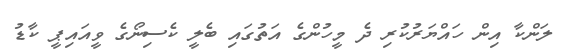
ލަންކާ އިން ހައްޔަރުކުރި ދެ މީހުންގެ އަތުގައި ބެލީ ކެސިނޯގެ ވީއައިޕީ ކާޑު